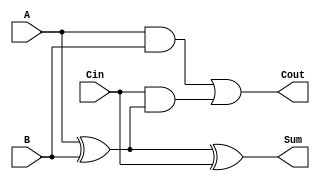
module LowPowerFullAdder (
    input wire A,      // First input bit
    input wire B,      // Second input bit
    input wire Cin,    // Carry-in bit
    output wire Sum,   // Sum output
    output wire Cout   // Carry-out output
);

    // Calculate the Sum using XOR gates
    assign Sum = A ^ B ^ Cin;

    // Calculate the Carry-out using AND and OR gates
    assign Cout = (A & B) | (Cin & (A ^ B));

endmodule